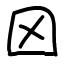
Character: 龱